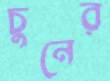
চুনের